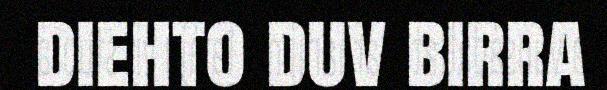
diehto duv birra